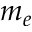
m _ { e }